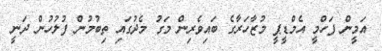
އަމީން ފަހްމީ އެމްޑީޕީ މުޒާހަރާގެ ބައިވެރިން މަގު މެދުގައި ތިބުމުން ފުލުހުން ދަނީ